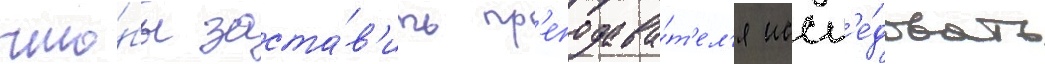
что́бы заста́в'ить пр'еподава́т'ел'я иссл'е́довать